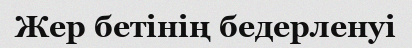
Жер бетінің бедерленуі